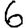
Digit: 6